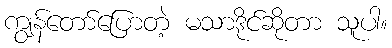
ကျွန်တော်ပြောတဲ့ မသာဒိုင်ဆိုတာ သူပါ။